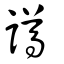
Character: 譐